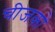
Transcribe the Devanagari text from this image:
चीजको